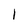
Character: 1